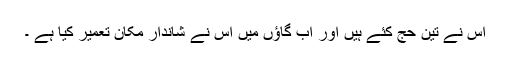
اس نے تین حج کئے ہیں اور اب گاﺅں میں اس نے شاندار مکان تعمیر کیا ہے ۔